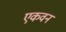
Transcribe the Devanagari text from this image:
एकवन